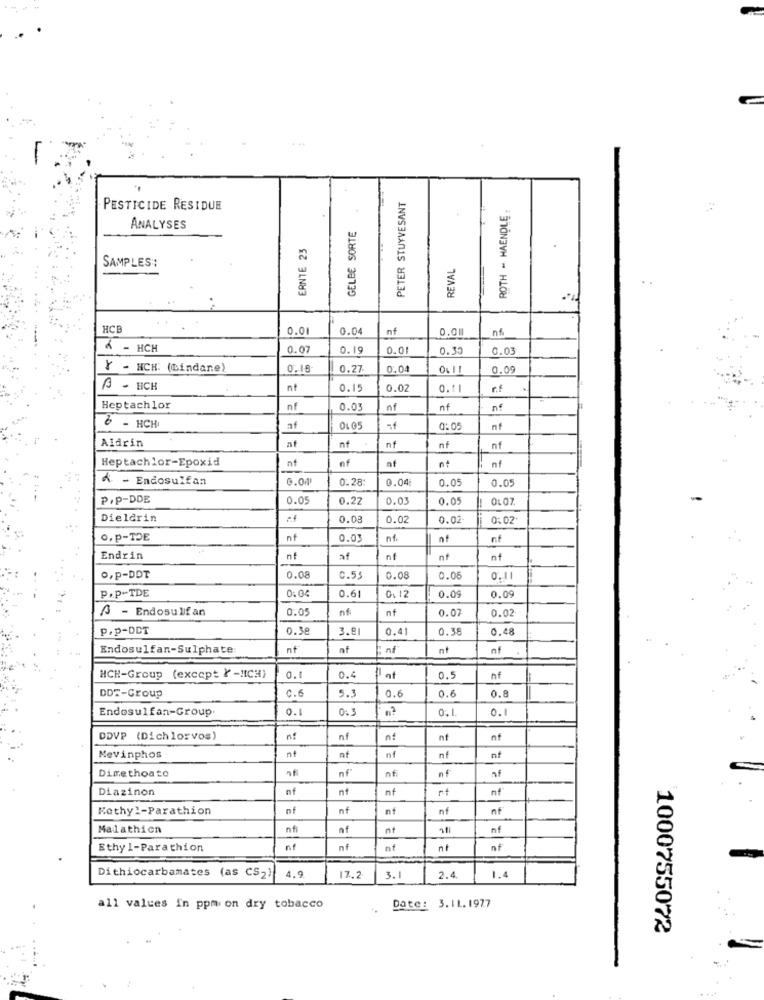
PETER STUYVESANT
ROTH - HAENDLE.
-PESTICIDE RESIDUE
ANALYSES
GELBE SORTE
ERNTE 23
SAMPLES:
REVAL
HCB
0.0
0.04
nf
0.01
nf
4 - HCH
0.0
0.19
0.01
0.33
0.03
Y - NCH: (Lindane)
0.16
0.27
0.0
0.09
B - ECH
nt
0.15
0.0
0.11
r.f
Heptachlor
nf
0.03
nf
nf
nf
6 - HCH
nf
OLO
0:0
nf
Aldrin
af
nf
nf
Heptachlor-Epoxid
nf
n+
nf
Å - Endosulfan
0.04
0.28
0.04
0.05
0.05
P.P-DDE
0.05
0.22
0.0
0.05
OLO7
Dieldrin
0.08
0.02
0.0
0:02
O.P-TDE
nf
0.03
nf.
nf
Endrin
nf
af
nf
nf
nf
o,p-DDT
0.08
0.55
0.08
0.0
0.11
P.P-TDE
0: 04
0.61
0.0
0.09
- Endosulfan
0.05
nf
0.07
nf
0.02
p.p-DCT
0.56
3.81
0.4
0.3
0.48
Endosulfan-Sulphate
nf
of
nf
nt
nf
HCH-Group (except Y -! ICH)
0.1
0.4
nf
0.5
nf
DDT-Group
C.6
5.3
0.6
0.6
0.8
Endosulfan-Group
0.1
0.3
0, 1
0.1
DDVP (Dichlorvos)
nf
nf
nt
nt
nf
nl
Mevinphos
nf
nf
nf
nf
nf
Dime thoato
nf
nfi
nf
Diazinon
of
nt
nf
nt
nf
Methyl-Parathion
nf
nf
nf
nf
nf
Malathion
nf
nf
nf
Ethy 1-Parathion
nf
nf
nf
nt
of
Dithiocarbamates (as CS2) 4.9.
17.2
3.1
2.4
1.4
Date: 3.11. 1977
all values In ppmi on dry tobacco
1000755072